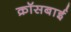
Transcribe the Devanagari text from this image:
क्रॉसबाई